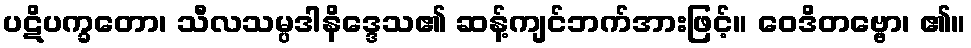
ပဋိပက္ခတော၊ သီလသမ္ပဒါနိဒ္ဒေသ၏ ဆန့်ကျင်ဘက်အားဖြင့်။ ဝေဒိတဗ္ဗော၊ ၏။